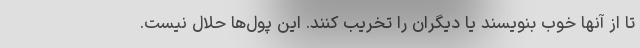
تا از آنها خوب بنویسند یا دیگران را تخریب کنند. این پول‌ها حلال نیست.